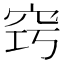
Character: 窍